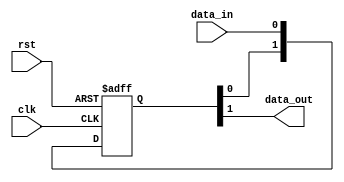
//----------------------------------------------------------------------------
// Copyright (C) 2001 Authors
//
// This source file may be used and distributed without restriction provided
// that this copyright statement is not removed from the file and that any
// derivative work contains the original copyright notice and the associated
// disclaimer.
//
// This source file is free software; you can redistribute it and/or modify
// it under the terms of the GNU Lesser General Public License as published
// by the Free Software Foundation; either version 2.1 of the License, or
// (at your option) any later version.
//
// This source is distributed in the hope that it will be useful, but WITHOUT
// ANY WARRANTY; without even the implied warranty of MERCHANTABILITY or
// FITNESS FOR A PARTICULAR PURPOSE. See the GNU Lesser General Public
// License for more details.
//
// You should have received a copy of the GNU Lesser General Public License
// along with this source; if not, write to the Free Software Foundation,
// Inc., 51 Franklin Street, Fifth Floor, Boston, MA  02110-1301  USA
//
//----------------------------------------------------------------------------
//
// *File Name: omsp_sync_cell.v
// 
// *Module Description:
//                       Generic synchronizer for the openMSP430
//
// *Author(s):
//              - Olivier Girard,    olgirard@gmail.com
//
//----------------------------------------------------------------------------
// $Rev: 103 $
// $LastChangedBy: olivier.girard $
// $LastChangedDate: 2011-03-05 15:44:48 +0100 (Sat, 05 Mar 2011) $
//----------------------------------------------------------------------------

module  omsp_sync_cell (

// OUTPUTs
    data_out,                      // Synchronized data output

// INPUTs
    clk,                           // Receiving clock
    data_in,                       // Asynchronous data input
    rst                            // Receiving reset (active high)
);

// OUTPUTs
//=========
output              data_out;      // Synchronized data output

// INPUTs
//=========
input               clk;          // Receiving clock
input               data_in;      // Asynchronous data input
input               rst;          // Receiving reset (active high)


//=============================================================================
// 1)  SYNCHRONIZER
//=============================================================================

reg  [1:0] data_sync;

always @(posedge clk or posedge rst)
  if (rst) data_sync <=  2'b00;
  else     data_sync <=  {data_sync[0], data_in};

assign     data_out   =   data_sync[1];


endmodule // omsp_sync_cell